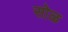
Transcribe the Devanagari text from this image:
सोळ